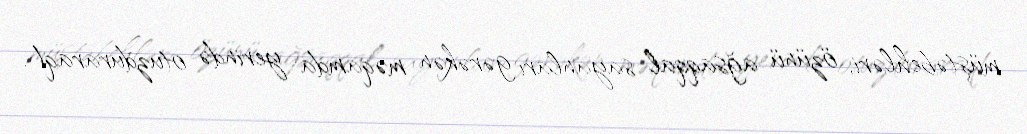
müştəbehləri, özünü ağsaqqal sayanları gərəkən məqamda yerində otuzduraraq!.